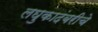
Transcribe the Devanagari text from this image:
लघुकादंबरीचे